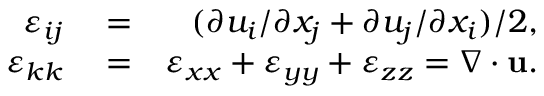
\begin{array} { r l r } { \varepsilon _ { i j } } & { { } = } & { ( \partial u _ { i } / \partial x _ { j } + \partial u _ { j } / \partial x _ { i } ) / 2 , } \\ { \varepsilon _ { k k } } & { { } = } & { \varepsilon _ { x x } + \varepsilon _ { y y } + \varepsilon _ { z z } = \nabla \cdot \mathbf { u } . } \end{array}